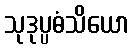
သုဒုပ္ပဓံသိယော